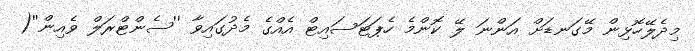
މިދެލޭހޮޅިން މޭގަނޑަށް އަންނަ ލޭ ކޮންމެ ހެޕަޓަސައިޓް އެއްގެ މެދުގައިވާ ''ސެންޓްރަލް ވެއިން''(